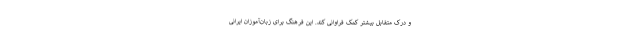
و درک متقابل بیشتر کمک فراوانی کند. این فرهنگ برای زبان‌آموزان ایرانی